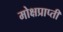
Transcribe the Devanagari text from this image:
मोक्षप्राप्‍ती